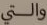
والتي